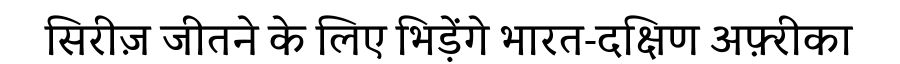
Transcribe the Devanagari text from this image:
सिरीज़ जीतने के लिए भिड़ेंगे भारत-दक्षिण अफ़्रीका